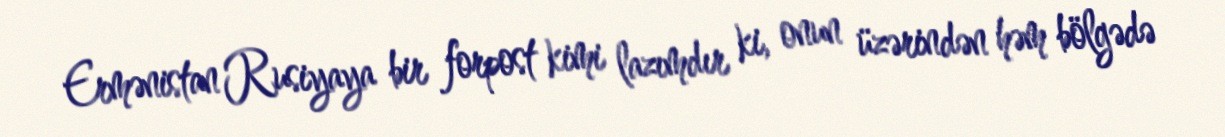
Ermənistan Rusiyaya bir forpost kimi lazımdır ki, onun üzərindən həm bölgədə